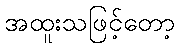
အထူးသဖြင့်တော့